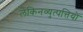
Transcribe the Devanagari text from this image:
लेकिनव्युत्पत्तियों